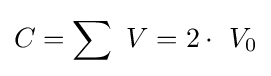
C=\sum \ V=2\cdot \ V_{0}